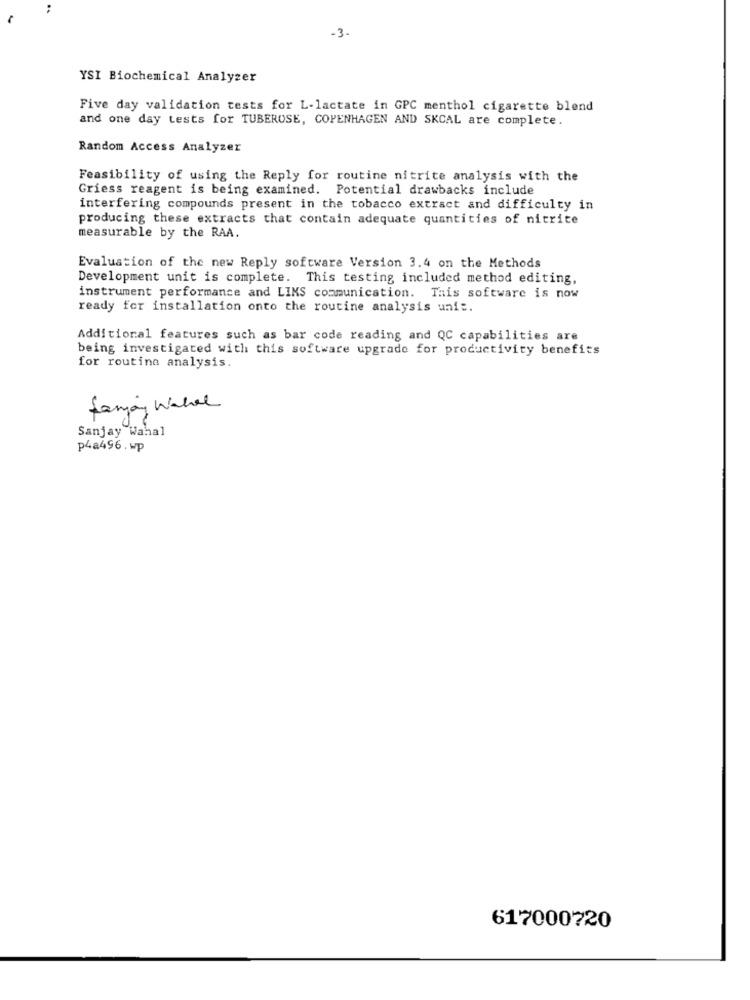
-3-
YSI Biochemical Analyzer
Five day validation tests for L-lactate in GPC menthol cigarette blend
and one day tests for TUBEROSE, COPENHAGEN AND SKCAL are complete.
Random Access Analyzer
Feasibility of using the Reply for routine nitrite analysis with the
Griess reagent is being examined. Potential drawbacks include
interfering compounds present in the tobacco extract and difficulty in
producing these extracts that contain adequate quantities of nitrite
measurable by the RAA.
Evaluation of the new Reply software Version 3.4 on the Methods
Development unit is complete. This testing included method editing,
instrument performance and LIKS communication. Tais software is now
ready for installation onto the routine analysis unie.
Additional features such as bar code reading and QC capabilities are
being investigated with this software upgrade for productivity benefits
for routine analysis.
Sanjay Wahll
Sanjay Wahal
p4a496.wp
617000720